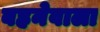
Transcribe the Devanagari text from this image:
बहनेवाला